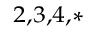
^ { 2 , 3 , 4 , * }